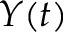
Y ( t )